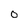
Character: 0